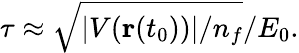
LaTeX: \tau\approx\sqrt{|V({\textbf{r}}(t_{0}))|/n_{f}}/E_{0}.